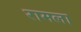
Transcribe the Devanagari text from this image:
रामला